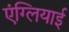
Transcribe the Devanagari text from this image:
एंग्लियाई